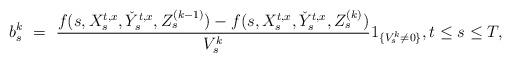
LaTeX: \begin{align*}b_s^k \ = \ \frac{f(s,X_s^{t,x},\check Y_s^{t,x},Z_s^{(k-1)})-f(s,X_s^{t,x},\check Y_s^{t,x},Z_s^{(k)})}{V_s^k}1_{\{V_s^k\neq0\}}, t \leq s \leq T,\end{align*}